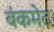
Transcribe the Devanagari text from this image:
बंकमेट